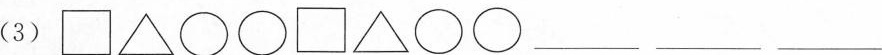
(3)\Box △ \circ \circ \Box △ \circ \circ ___ ___ ___